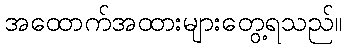
အထောက်အထားများတွေ့ရသည်။